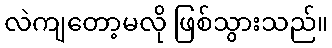
လဲကျတော့မလို ဖြစ်သွားသည်။